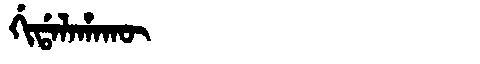
Manchu: ᡤᡳᡩᠠᠯᠠᡥᠠᡴᡡ
Romanization: GIDALAHAKŪ